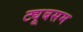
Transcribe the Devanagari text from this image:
ट्यूबसम